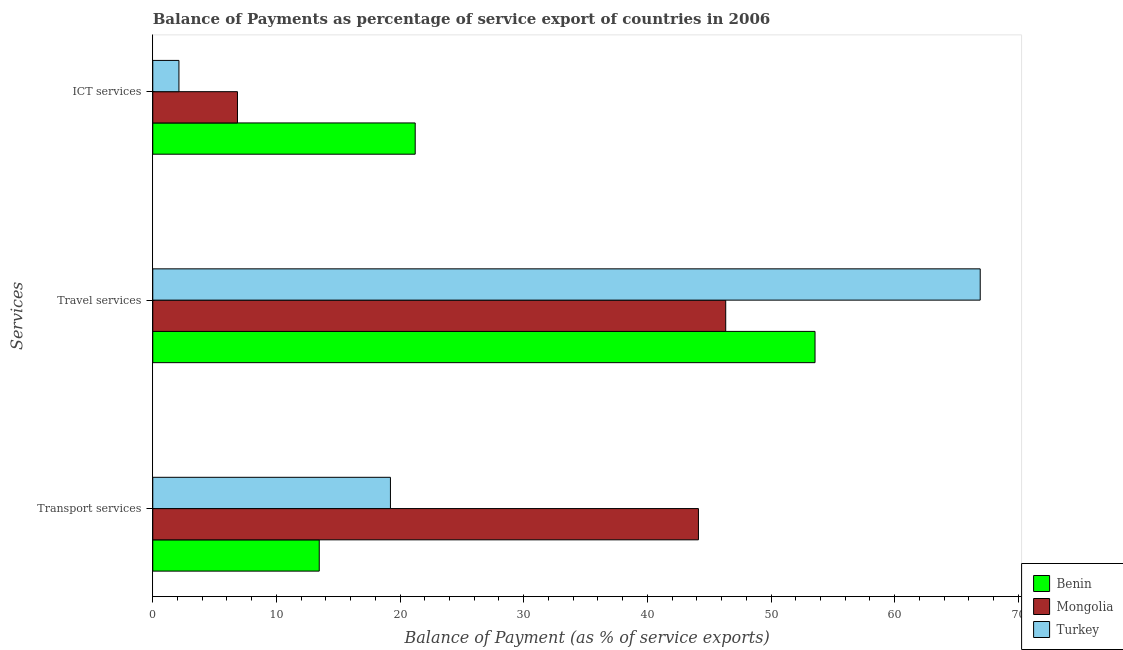
| Services | Benin | Mongolia | Turkey |
 | --- | --- | --- | --- |
 | Transport services | 13.5 | 44.1 | 19.2 |
 | Travel services | 53.6 | 46.3 | 66.9 |
 | ICT services | 21.2 | 6.85 | 2.12 |